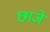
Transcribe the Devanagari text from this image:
छाजे